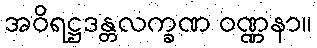
အဝိရဋ္ဌဒန္တလက္ခဏ ဝဏ္ဏနာ။